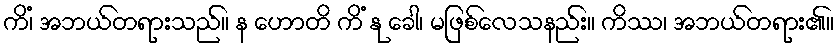
ကိံ၊ အဘယ်တရားသည်။ န ဟောတိ ကိံ နု ခေါ၊ မဖြစ်လေသနည်း။ ကိဿ၊ အဘယ်တရား၏။